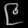
Digit: ၉